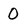
Character: O